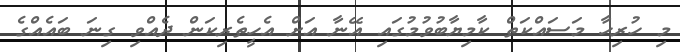
މި ހުރިހާ މަސައްކަތް ކާމިޔާބުވުމުގައި އޭނާ އަށް އެހީތެރިކަން ދެއްވި ގިނަ ބައެއްގެ